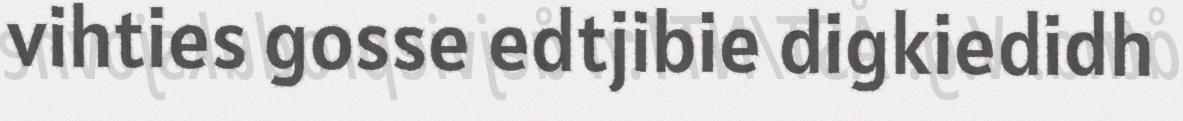
vihties gosse edtjibie digkiedidh